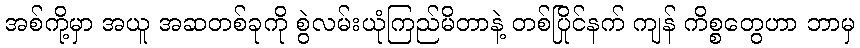
အစ်ကို့မှာ အယူ အဆတစ်ခုကို စွဲလမ်းယုံကြည်မိတာနဲ့ တစ်ပြိုင်နက် ကျန် ကိစ္စတွေဟာ ဘာမှ